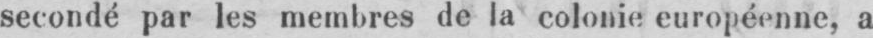
secondé par les membres de la colonie européenne, a